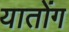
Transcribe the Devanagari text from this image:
यातोंग